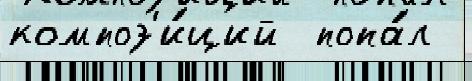
композ'и́ций  попа́л